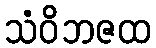
သံဝိဘဇထ